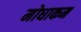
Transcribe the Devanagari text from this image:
मोधाकम